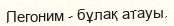
Пегоним - бұлақ атауы.